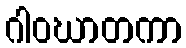
ဂါဝဃာတကာ